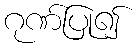
ဂုဏ်ပြု၍